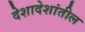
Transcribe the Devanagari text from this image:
देशादेशांतील